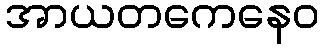
အာယတကေနေဝ